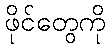
ဖိုင်တွေကို